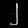
Digit: ၂